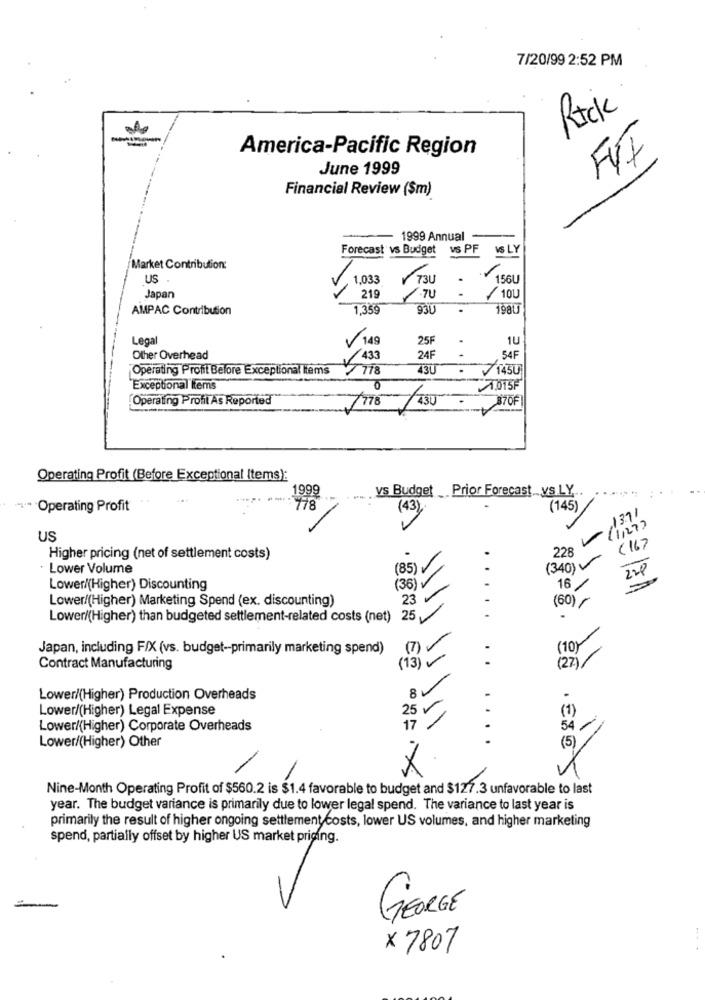
7/20/99 2:52 PM
Rick
America-Pacific Region
F4F
June 1999
Financial Review (Sm)
1999 Annual
Forecast vs Budget
VS PF
NS LY
Market Contribution:
US
73U
156U
Japan
7U
/100
AMPAC Contribution
1,359
930
198U
Legal
149
25F
1U
Other Overhead
/ 433
24F
54F
Operating Profit Before Exceptional lems
V718
43U
1450
Exceptional Items
7.015F
Operating Profit As Reported
Operating Profit (Before Exceptional Items):
vs Budget Prior Forecast ys LY ...
1999
.* Operating Profit
78
(43).
(145)
13.91
US
(16)
228
Higher pricing (net of settlement costs)
(340)
· Lower Volume
(85)
220
16
Lower/(Higher) Discounting
(36)
Lower/(Higher) Marketing Spend (ex. discounting)
23
(60) /
Lower/(Higher) than budgeted settlement-related costs (net) 25
...
.
Japan, including F/X (vs. budget-primarily marketing spend)
(7)
(10)
(13)
.
Contract Manufacturing
(27)/
Lower/(Higher) Production Overheads
8
Lower/(Higher) Legal Expense
25
(1)
Lower/{Higher) Corporate Overheads
17
54
Lower/(Higher) Other
...
(5)
X
Nine-Month Operating Profit of $560.2 is $1.4 favorable to budget and $127.3 unfavorable to last
year. The budget variance is primarily due to lower legal spend. The variance to last year is
primarily the result of higher ongoing settlement costs, lower US volumes, and higher marketing
spend, partially offset by higher US market pricing.
GEORGE
x 7807